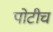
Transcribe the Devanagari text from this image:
पोटीच